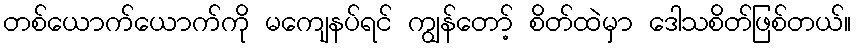
တစ်ယောက်ယောက်ကို မကျေနပ်ရင် ကျွန်တော့် စိတ်ထဲမှာ ဒေါသစိတ်ဖြစ်တယ်။